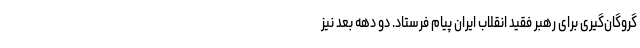
گروگان‌گیری برای رهبر فقید انقلاب ایران پیام ‌فرستاد. دو دهه بعد نیز